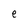
Character: e